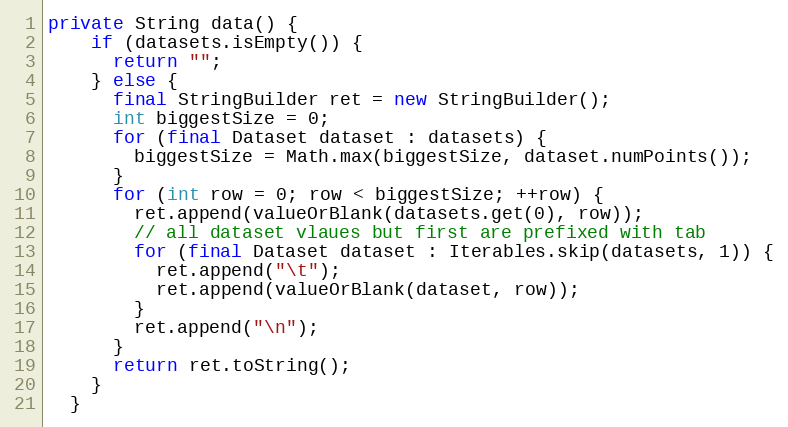
Language: Java
private String data() {
    if (datasets.isEmpty()) {
      return "";
    } else {
      final StringBuilder ret = new StringBuilder();
      int biggestSize = 0;
      for (final Dataset dataset : datasets) {
        biggestSize = Math.max(biggestSize, dataset.numPoints());
      }
      for (int row = 0; row < biggestSize; ++row) {
        ret.append(valueOrBlank(datasets.get(0), row));
        // all dataset vlaues but first are prefixed with tab
        for (final Dataset dataset : Iterables.skip(datasets, 1)) {
          ret.append("\t");
          ret.append(valueOrBlank(dataset, row));
        }
        ret.append("\n");
      }
      return ret.toString();
    }
  }